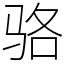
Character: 骆